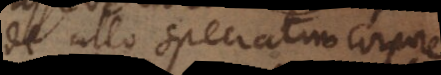
de ullo speciatim corpore